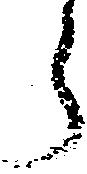
ら